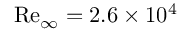
\mathrm { R e } _ { \infty } = 2 . 6 \times 1 0 ^ { 4 }